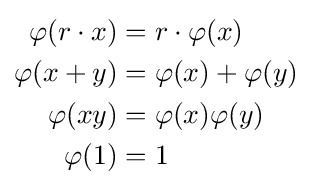
{\begin{aligned}\varphi (r\cdot x)&=r\cdot \varphi (x)\\\varphi (x+y)&=\varphi (x)+\varphi (y)\\\varphi (xy)&=\varphi (x)\varphi (y)\\\varphi (1)&=1\end{aligned}}